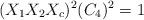
LaTeX: \begin{align*}(X_{1} X_{2} X_{c})^{2} (C_{4})^{2} &= 1 \end{align*}